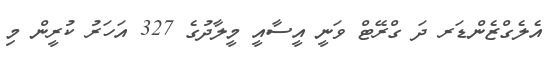
އެލެގްޒެންޑަރ ދަ ގްރޭޓް ވަނީ އީސާއީ މީލާދުގެ 327 އަހަރު ކުރީން މި